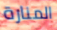
المنارة